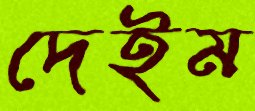
দেইম